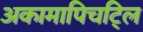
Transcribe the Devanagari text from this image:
अकामापिचट्लि